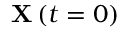
\mathbf { X } \left( t = 0 \right)